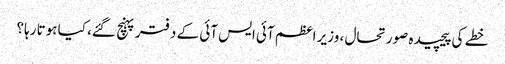
خطے کی پیچیدہ صورتحال ، وزیر اعظم آئی ایس آئی کے دفتر پہنچ گئے، کیا ہوتا رہا؟